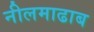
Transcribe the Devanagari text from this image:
नीलमाढाब